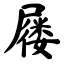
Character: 屦